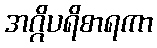
အဂ္ဂိပရိစာရကာ